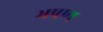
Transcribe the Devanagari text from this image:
भषण